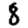
Digit: 8